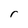
Character: r